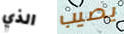
الذي يصيب